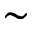
\sim